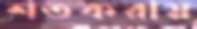
শতকরায়